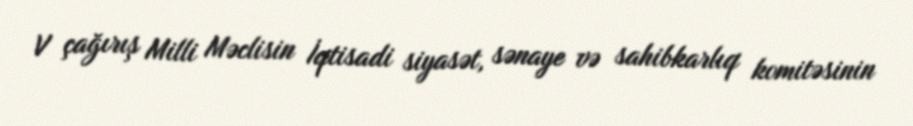
V çağırış Milli Məclisin İqtisadi siyasət, sənaye və sahibkarlıq komitəsinin